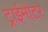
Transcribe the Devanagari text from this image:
ट्राईमोटर